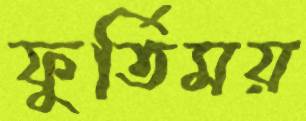
ফুর্তিময়